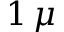
1 \, \mu